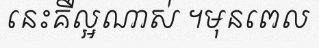
នេះគឺល្អណាស់ ។មុនពេល